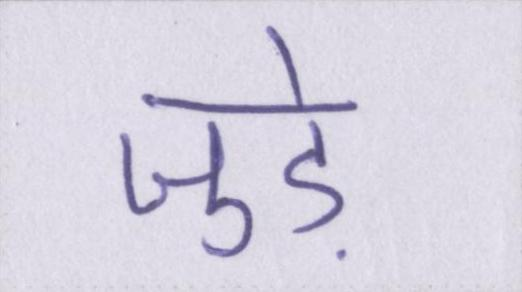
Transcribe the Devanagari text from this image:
जुडे़